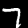
Digit: 7